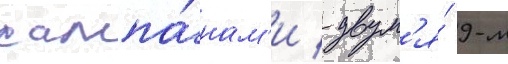
сампа́нам'и / двум'я́ 9-м